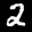
Label: 2